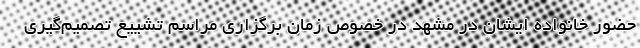
حضور خانواده ایشان در مشهد در خصوص زمان برگزاری مراسم تشییع تصمیم‌گیری